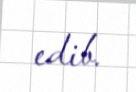
edib.